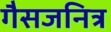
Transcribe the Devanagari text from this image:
गैसजनित्र